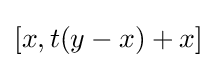
[x,t(y-x)+x]